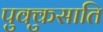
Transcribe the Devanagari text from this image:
पुक्कुसाति